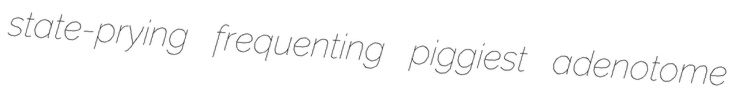
state-prying frequenting piggiest adenotome